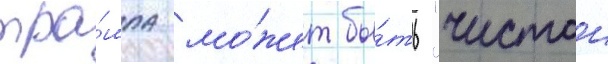
тра́мпа мо́жет бы́ть "чистои